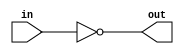
module open_drain_inverter (
  input wire in,
  output reg out
);
  
  always @ (in)
    out = ~in;
  
endmodule